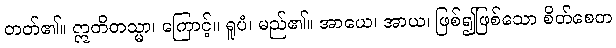
တတ်၏။ ဣတိတသ္မာ၊ ကြောင့်။ ရူပံ၊ မည်၏။ အာယေ၊ အာယ၊ ဖြစ်၍ဖြစ်သော စိတ်စေတ